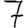
Digit: 7